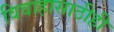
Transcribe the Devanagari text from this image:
विवाहासाठीही